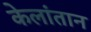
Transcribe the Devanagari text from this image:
केलांतान